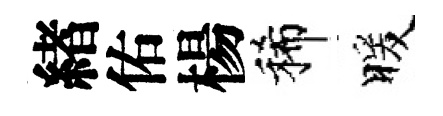
緖佑楊稀暖